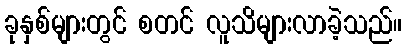
ခုနှစ်များတွင် စတင် လူသိများလာခဲ့သည်။